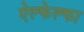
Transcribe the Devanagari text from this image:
ऐल्फेल्फा